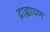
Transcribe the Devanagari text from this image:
द्राह्यायण